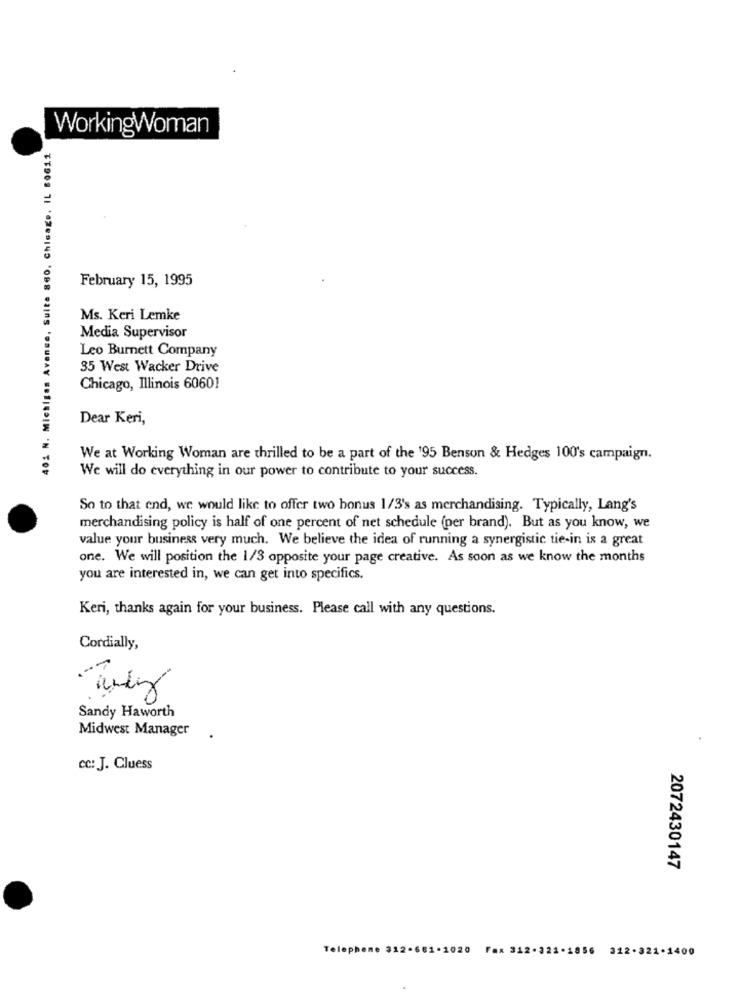
401 N. Michigan Avenue, Suite 860, Chicago, IL 60611
WorkingWoman
February 15, 1995
Ms. Keri Lemke
Media Supervisor
Leo Burnett Company
35 West Wacker Drive
Chicago, Illinois 60601
Dear Keri,
We at Working Woman are thrilled to be a part of the 195 Benson & Hedges 100's campaign.
We will do everything in our power to contribute to your success.
So to that end, we would like to offer two bonus 1/3's as merchandising. Typically, Lang's
merchandising policy is half of one percent of net schedule (per brand). But as you know, we
value your business very much. We believe the idea of running a synergistic tie-in is a great
one. We will position the 1/3 opposite your page creative. As soon as we know the months
you are interested in, we can get into specifics.
Keri, thanks again for your business. Please call with any questions.
Cordially,
Sandy Haworth
Midwest Manager
cc: J. Cluess
2072430147
Telephone 312-661-1020 Fax 312-322-1856 312-321-1400